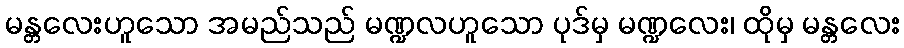
မန္တလေးဟူသော အမည်သည် မဏ္ဍလဟူသော ပုဒ်မှ မဏ္ဍလေး၊ ထိုမှ မန္တလေး